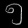
Digit: ၅